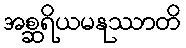
အစ္ဆရိယမနုဿာတိ